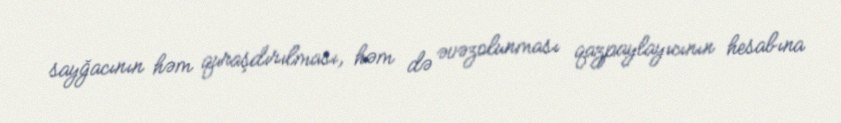
sayğacının həm quraşdırılması, həm də əvəzolunması qazpaylayıcının hesabına